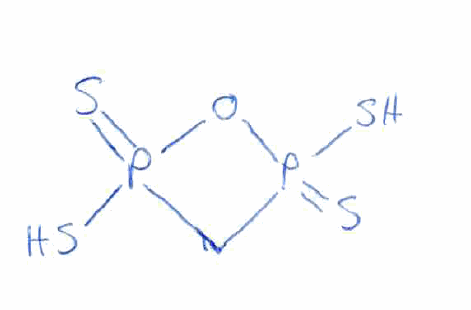
Simplified molecular-input line-entry system (SMILES) notation of the given molecule:
C1P(=S)(OP1(=S)S)S